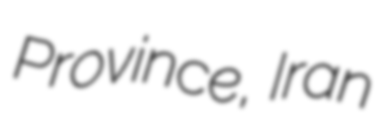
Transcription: Province, Iran